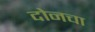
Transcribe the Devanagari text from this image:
दोनचा